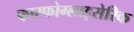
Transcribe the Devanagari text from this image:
फास्फोग्लाइसेरिक